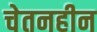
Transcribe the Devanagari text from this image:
चेतनहीन